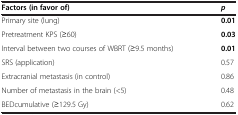
| Factors (in favor of) | p |
 | --- | --- |
 | Primary site (lung) | 0.01 |
 | Pretreatment KPS (≥60) | 0.03 |
 | Interval between two courses of WBRT (≥9.5 months) | 0.01 |
 | SRS (application) | 0.57 |
 | Extracranial metastasis (in control) | 0.86 |
 | Number of metastasis in the brain (<5) | 0.48 |
 | BEDcumulative (≥129.5 Gy) | 0.62 |